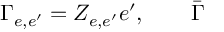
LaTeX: \Gamma _ { e , e ^ { \prime } } = Z _ { e , e ^ { \prime } } e ^ { \prime } , \qquad \bar { \Gamma }